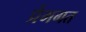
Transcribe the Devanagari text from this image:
प्रेमगत